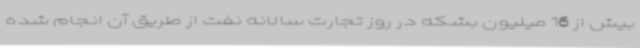
بیش از 16 میلیون بشکه در روز تجارت سالانه نفت از طریق آن انجام شده